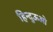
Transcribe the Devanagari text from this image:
हिन्दुऊओ